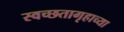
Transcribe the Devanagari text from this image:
स्वच्छतागृहाच्या